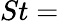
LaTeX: St=